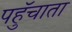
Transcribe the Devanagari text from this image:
पहुॅचाता